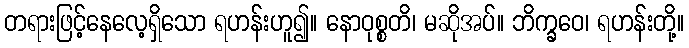
တရားဖြင့်နေလေ့ရှိသော ရဟန်းဟူ၍။ နောဝုစ္စတိ၊ မဆိုအပ်။ ဘိက္ခဝေ၊ ရဟန်းတို့။